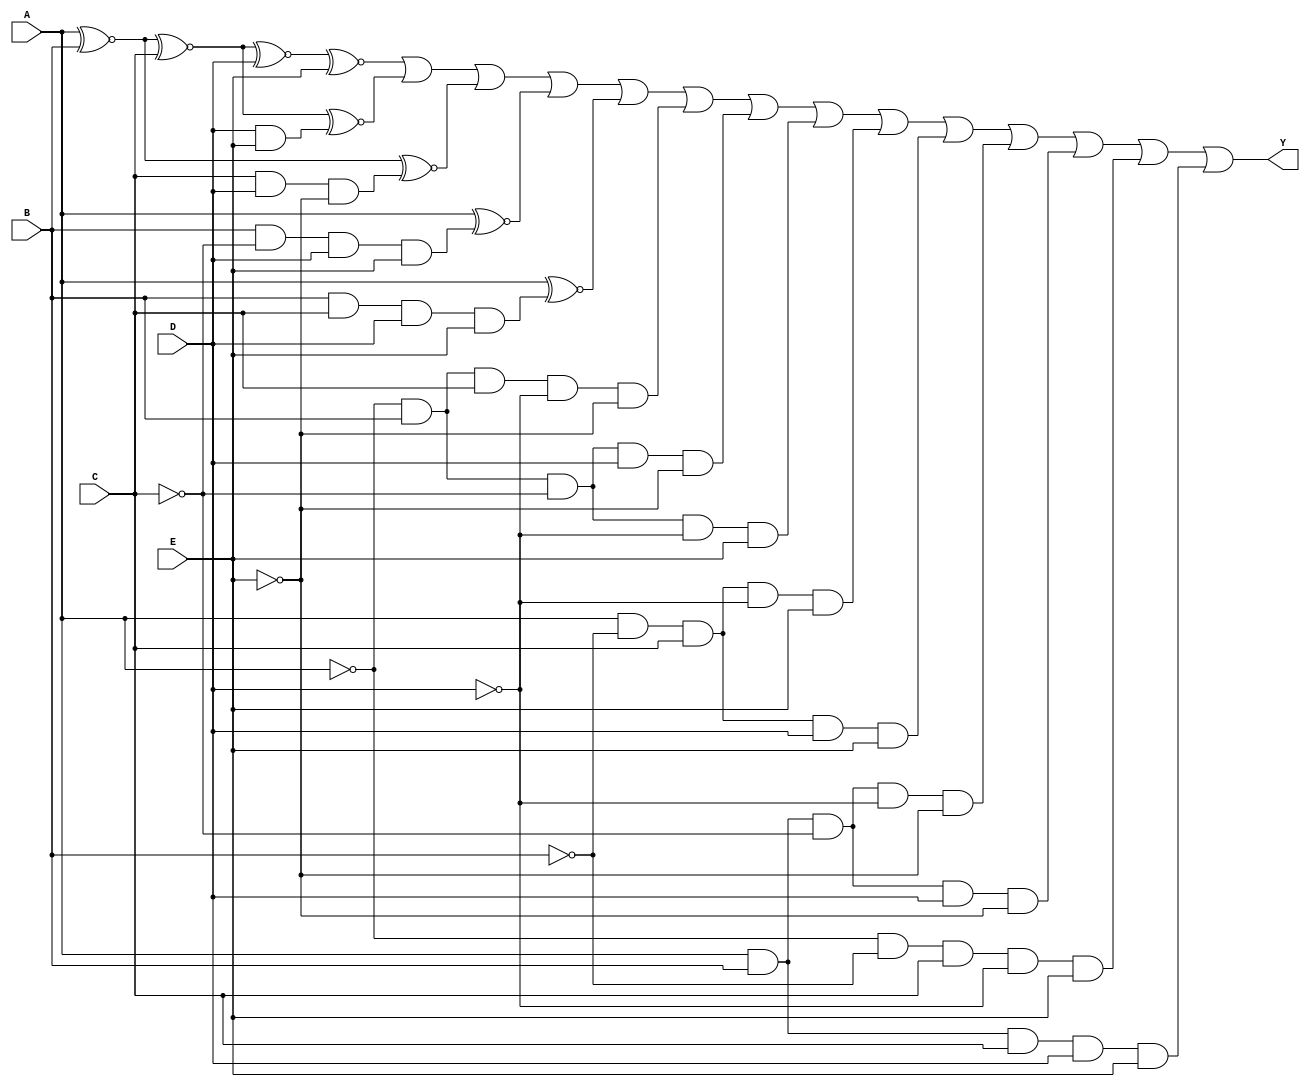
module kmap_5var (
    input wire A,  // Variable A
    input wire B,  // Variable B
    input wire C,  // Variable C
    input wire D,  // Variable D
    input wire E,  // Variable E
    output wire Y  // Output Y
);

// Define the K-map using the minterms
// Example: Assume we want to create Y = (0, 1, 2, 5, 7, 8, 9, 10, 14, 15, 16, 17, 30, 31)
assign Y = (A ~^ B ~^ C ~^ D ~^ E) | // Example condition for minterm 0
           (A ~^ B ~^ C ~^ D & E) | // Example condition for minterm 1
           (A ~^ B ~^ (C & D) & ~E) | // Example condition for minterm 2
           (A ~^ (B & ~C) & D & E) | // Example condition for minterm 5
           (A ~^ (B & C) & D & E) | // Example condition for minterm 7
           (~A & B & C & ~D & ~E) | // Example condition for minterm 8
           (~A & B & ~C & D & ~E) | // Example condition for minterm 9
           (~A & B & ~C & ~D & E) | // Example condition for minterm 10
           (A & ~B & C & ~D & E) | // Example condition for minterm 14
           (A & ~B & C & D & E) | // Example condition for minterm 15
           (A & B & ~C & ~D & ~E) | // Example condition for minterm 16
           (A & B & ~C & D & ~E) | // Example condition for minterm 17
           (~A & ~B & C & ~D & E) | // Example condition for minterm 30
           (A & B & C & D & E); // Example condition for minterm 31

endmodule